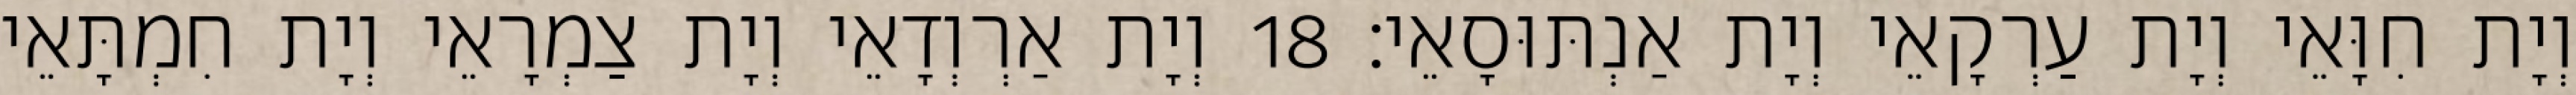
וְיָת חִוָּאֵי וְיָת עַרְקָאֵי וְיָת אַנְתּוּסָאֵי׃ 18 וְיָת אַרְוְדָאֵי וְיָת צַמְרָאֵי וְיָת חִמְתָּאֵי